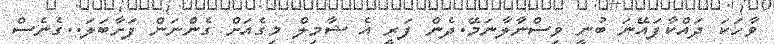
ވާހަކަ ދައްކާފައޭނަ ބުނީ ވިސްނާލާނަމޭ.ދެން ފަރީ އެ ޝާމިލް މިގެއަށް ގެންނަން ފަށާބަލަ..ގެނެސް